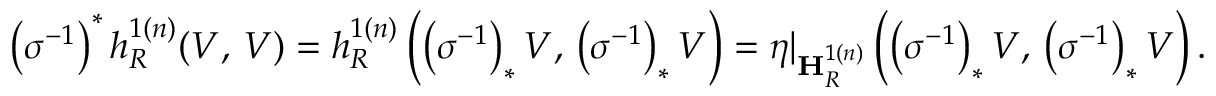
\left( \sigma ^ { - 1 } \right) ^ { * } h _ { R } ^ { 1 ( n ) } ( V , \, V ) = h _ { R } ^ { 1 ( n ) } \left( \left( \sigma ^ { - 1 } \right) _ { * } V , \, \left( \sigma ^ { - 1 } \right) _ { * } V \right) = \eta | _ { \mathbf { H } _ { R } ^ { 1 ( n ) } } \left( \left( \sigma ^ { - 1 } \right) _ { * } V , \, \left( \sigma ^ { - 1 } \right) _ { * } V \right) .